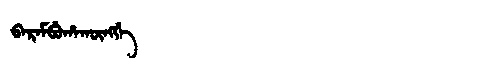
Manchu: ᠪᠠᡵᠠᠮᠪᡠᡥᠠᡴᡡᠩᡤᡝ
Romanization: BARAMBUHAKŪNGGE